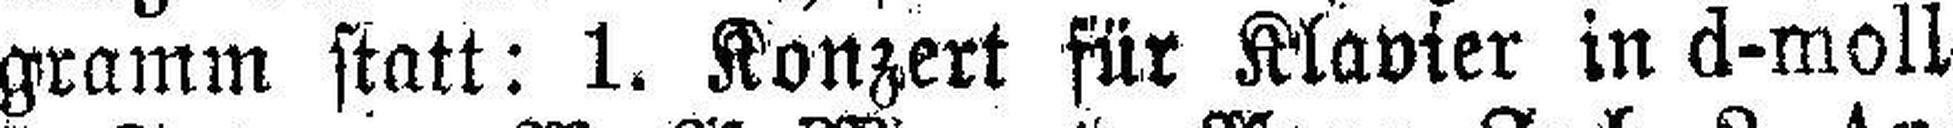
gramm statt: 1. Konzert für Klavier in d-moll